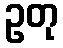
ဥတု